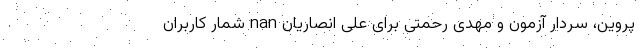
پروین، سردار آزمون و مهدی رحمتی برای علی انصاریان nan شمار کاربران